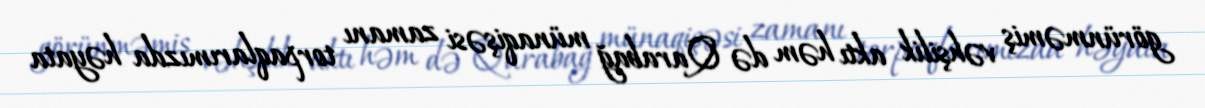
görünməmiş vəhşilik aktı həm də Qarabağ münaqişəsi zamanı torpaqlarımızda həyata